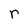
Character: r